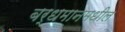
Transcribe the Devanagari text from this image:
बर्धमानमधील